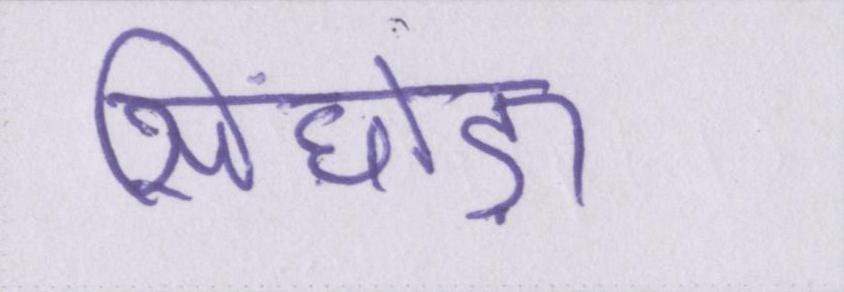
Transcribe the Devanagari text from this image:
सिंघोड़ा